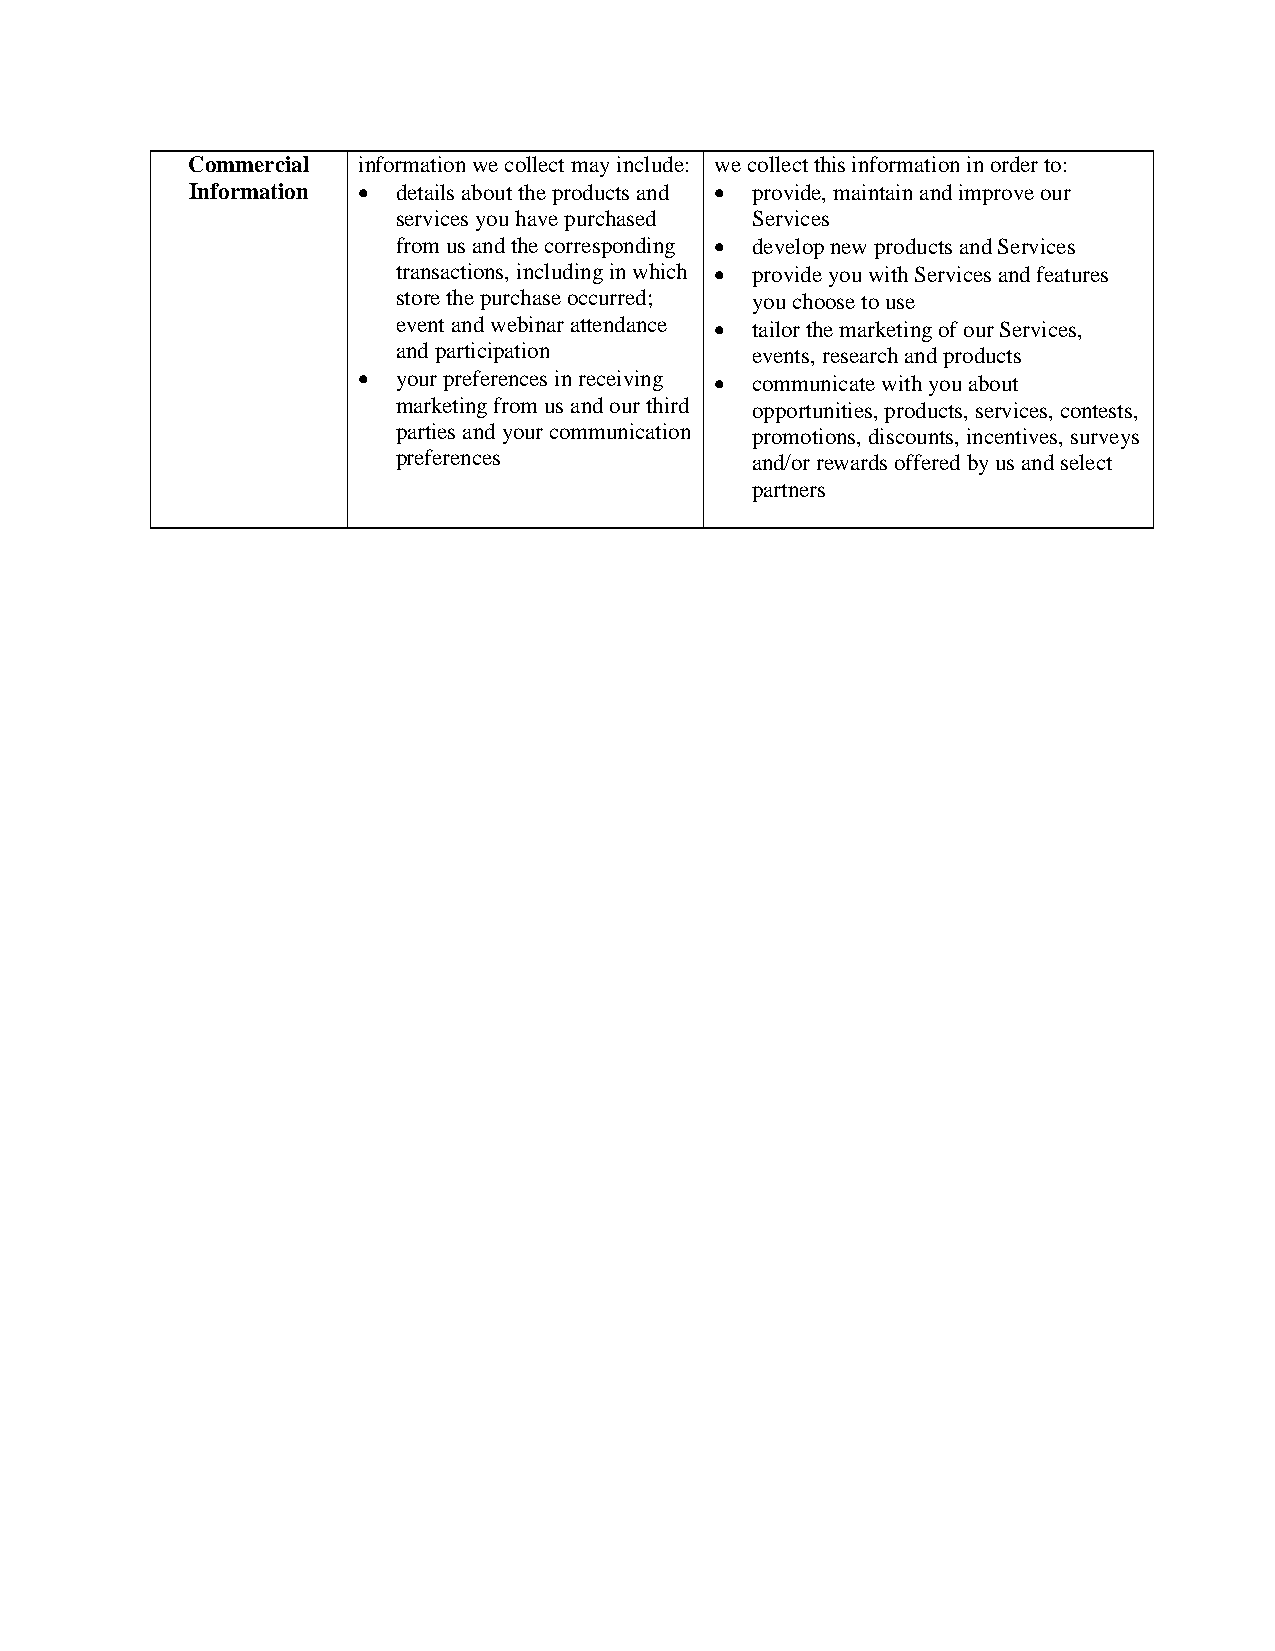
Commercial  information we collect may include: we collect this information in order to:
 Information  details about the products and  provide, maintain and improve our
 services you have purchased Services
 from us and the corresponding  develop new products and Services
 transactions, including in which  provide you with Services and features
 store the purchase occurred; you choose to use
 event and webinar attendance  tailor the marketing of our Services,
 and participation       events, research and products
  your preferences in receiving  communicate with you about
 marketing from us and our third opportunities, products, services, contests,
 parties and your communication promotions, discounts, incentives, surveys
 preferences             and/or rewards offered by us and select
 partners